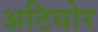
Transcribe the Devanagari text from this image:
अटियोर